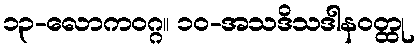
၁၃-လောကဝဂ္ဂ။ ၁၀-အသဒိသဒါနဝတ္ထု